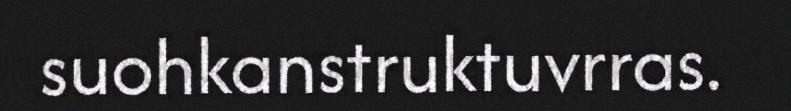
suohkanstruktuvrras.